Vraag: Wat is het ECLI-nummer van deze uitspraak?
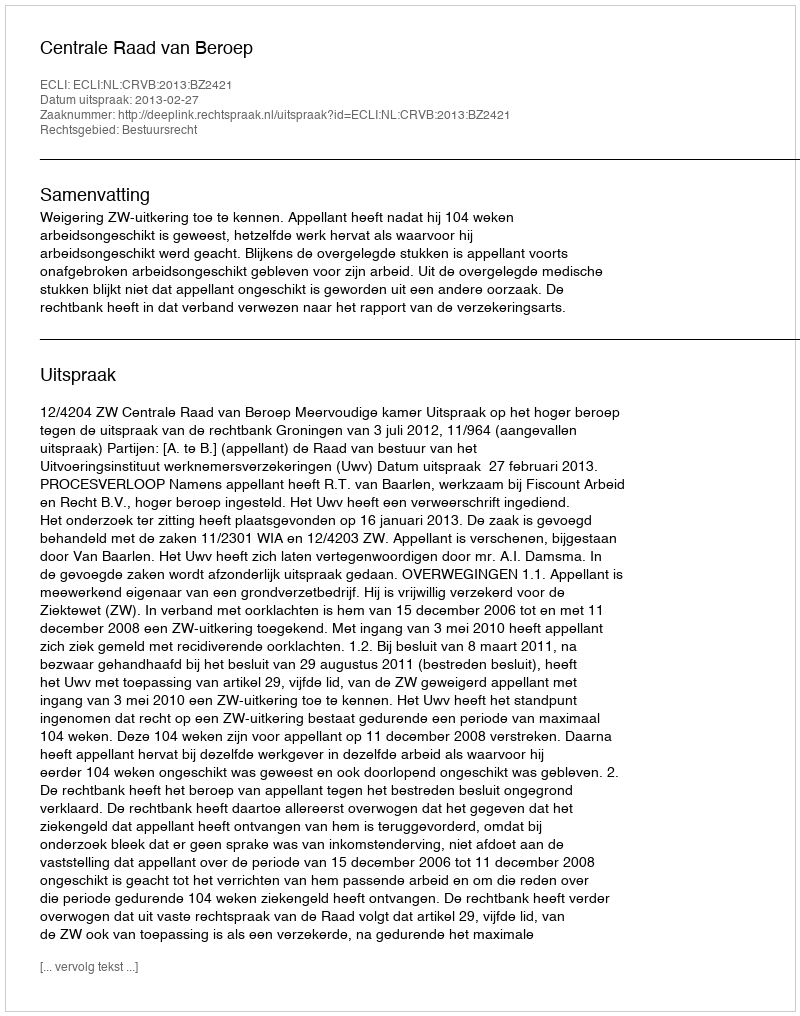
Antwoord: ECLI:NL:CRVB:2013:BZ2421